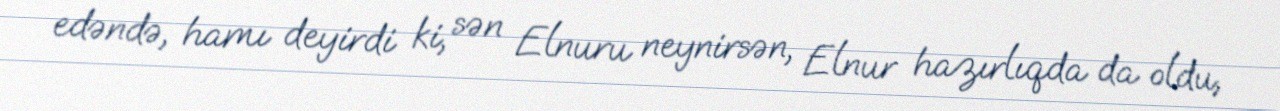
edəndə, hamı deyirdi ki, sən Elnuru neynirsən, Elnur hazırlıqda da oldu,